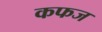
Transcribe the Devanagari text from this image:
कफज